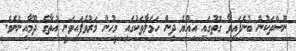
ނޫސްތަކުން ބުނެފައިވާ ގޮތުގައި އިއްޔެ ދިން ހަމަލާތަކުގައި މީހުން މަރުވެފައިވަނީ ޣުތާގެ ދޫމާއިންނެވެ.